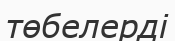
төбелерді